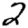
Digit: 2